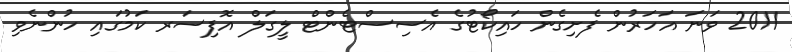
2011 ވަނަ އަހަރުން ފެށިގެން ހައިކޯޓުގެ އެސިސްޓެންޓް ލީގަލް އޮފިސަރ ކަމުގައި ހުންނެވި